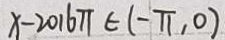
x - 2 0 1 6 \pi \in ( - \pi , 0 )